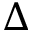
\Delta { \it \Psi }